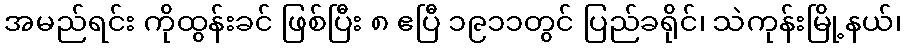
အမည်ရင်း ကိုထွန်းခင် ဖြစ်ပြီး ၈ ဧပြီ ၁၉၁၁တွင် ပြည်ခရိုင်၊ သဲကုန်းမြို့နယ်၊